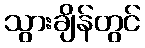
သွားချိန်တွင်